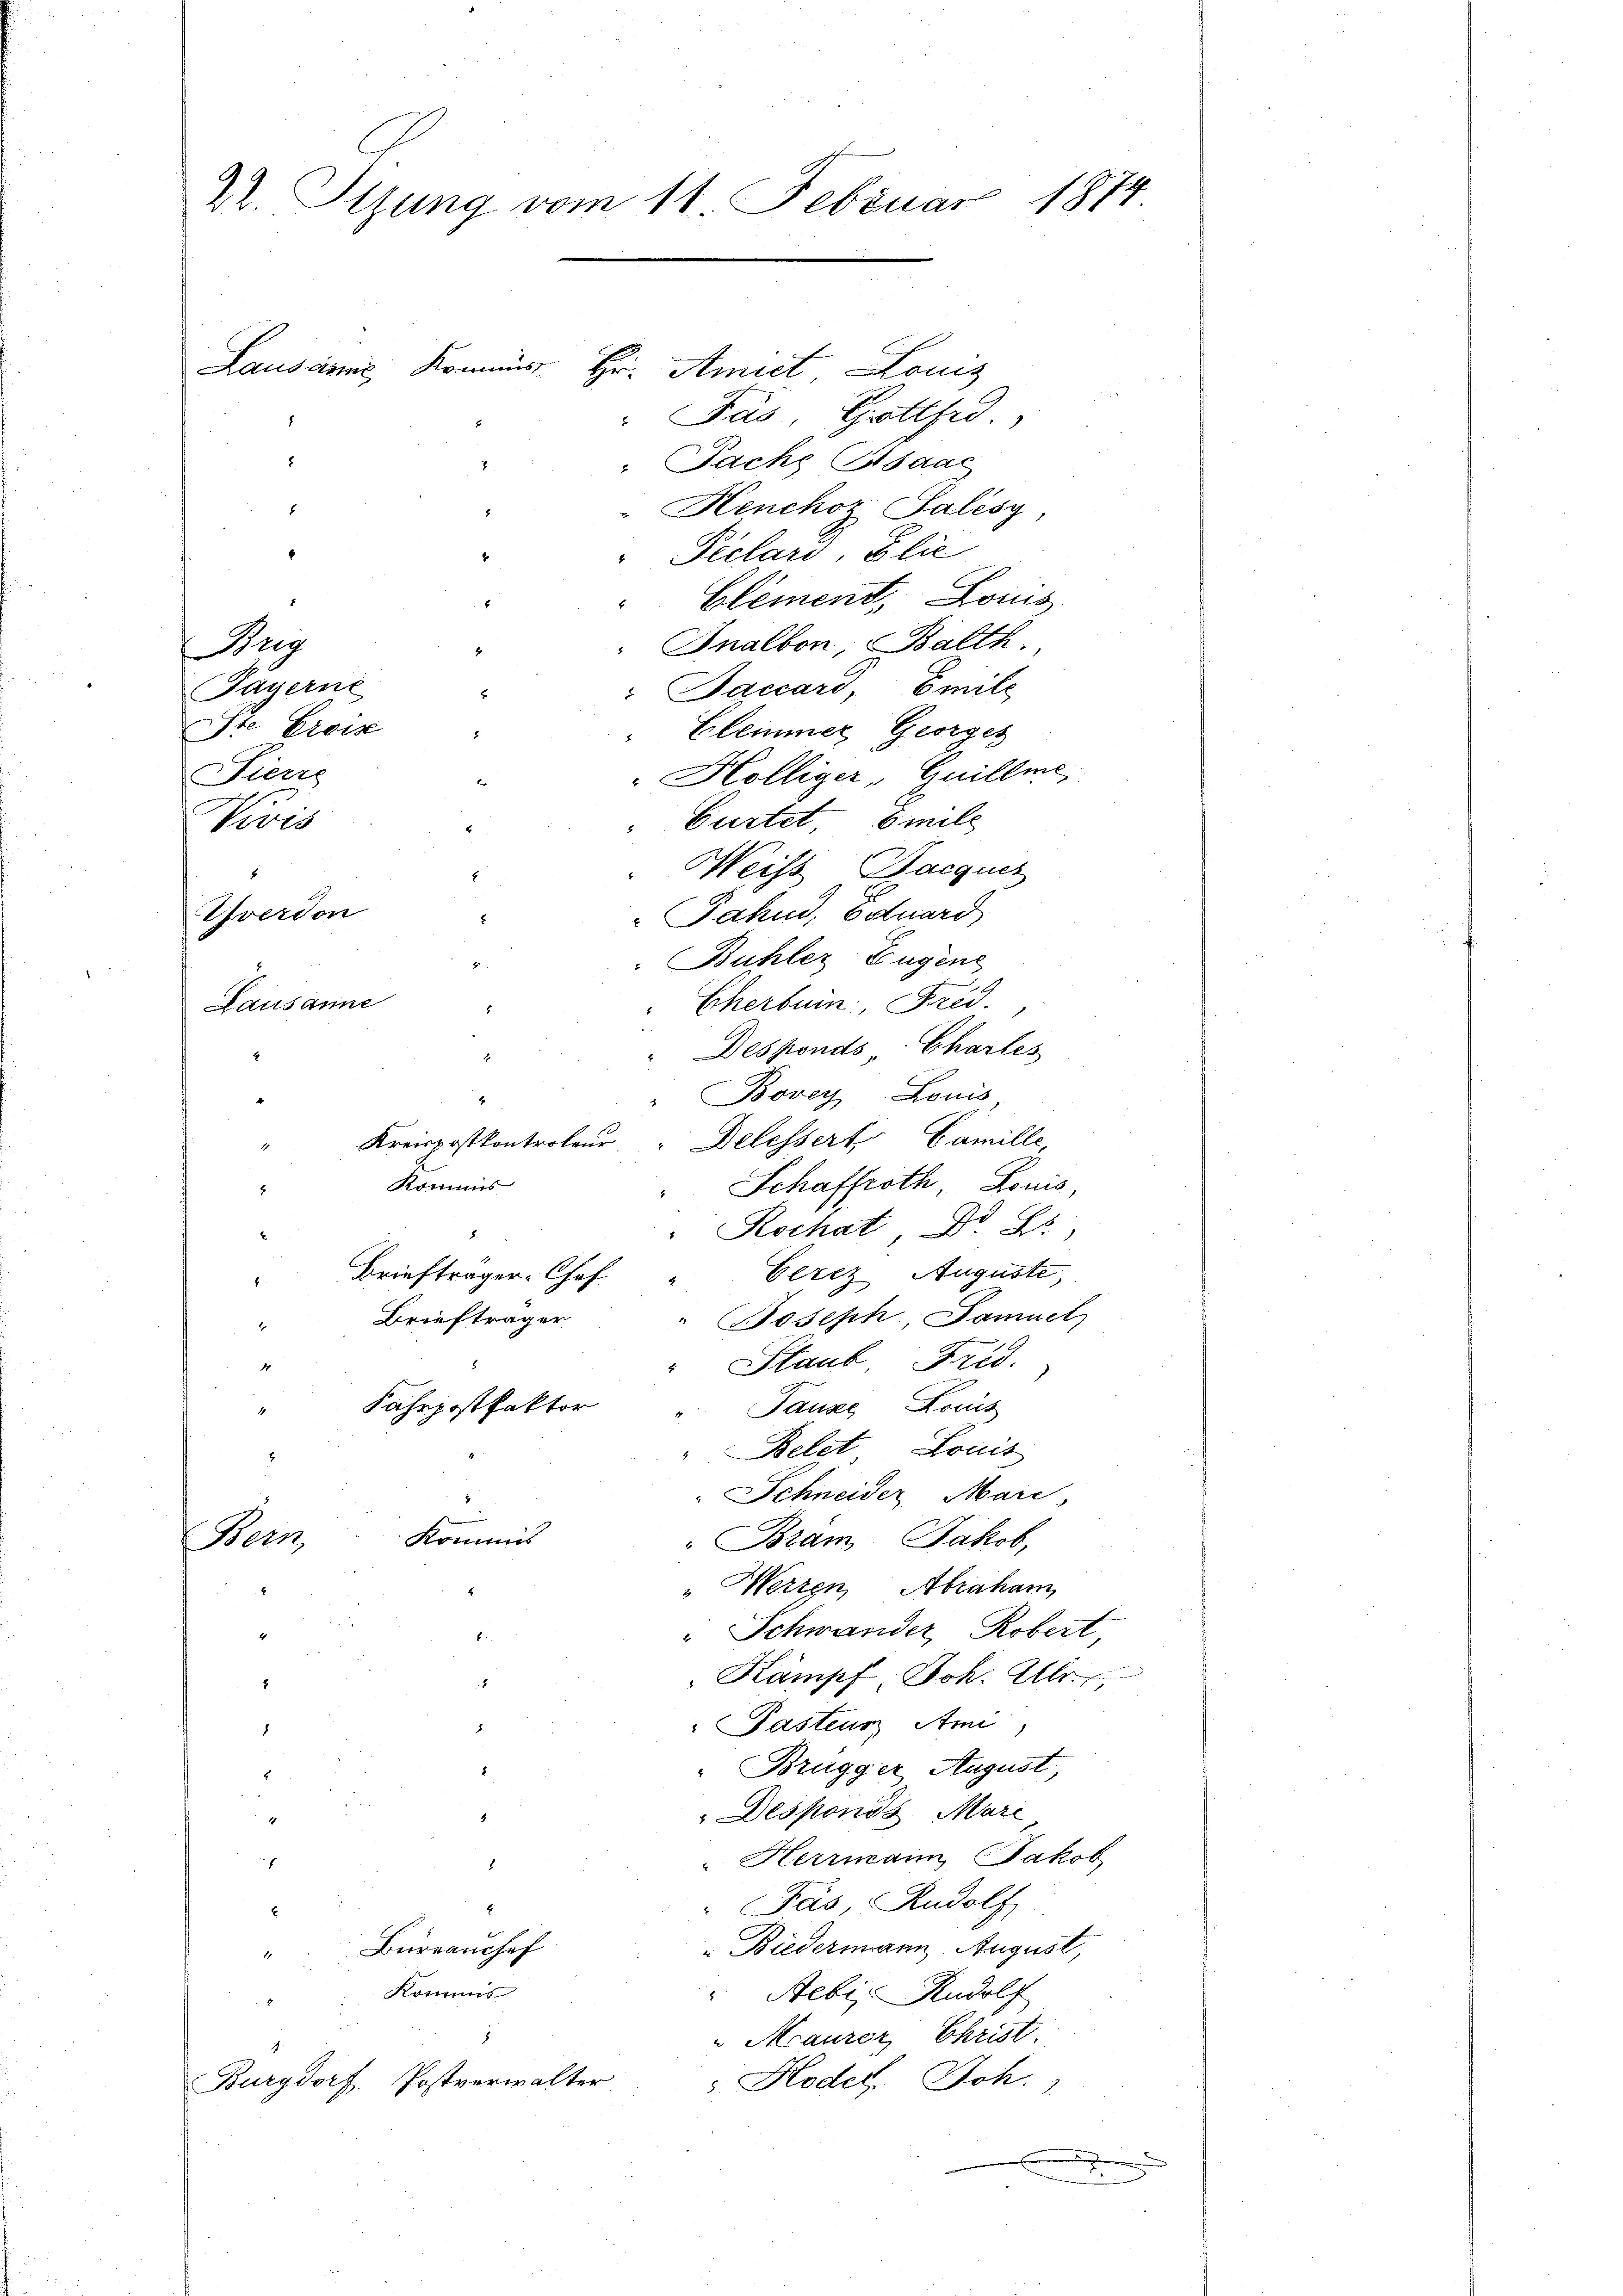
22. Tizung vom 11. Februar 1874

Lausanne, Kommis. Hr. Amict Louis

Jás Gottsid.
" Pache Isaac
 Henchoz Salisy,
6
Peclars, Glie
Clement, Lois
Inalbon, Balth
Prej
Payerne
Jaccard, Emili
Ste Erin
Blemmer Georges
Siers
Hölliger, Guillme,
Gartet Emile
Vivis
Weiss Bacques
2
Yverdon
Jahn, Eduard
Bühler Eugene
Eherbuin, Frid.
Lausanne
" Desponds Chartes
Bover Louis,
.
Kreispostkontroler " Delessert Camille,
1
" Kommis
Schaffroth Louis
Rochat Dr. Es
Cerez Auguste,
Briefträger-Chef
Briefträger
" Joseph Samuel
.
" Staub, Frid.
4
Fahrpostfaktor
Tauze Louis
Belet, Lonit
.
Schneider Mari
n
Kommis
Bern
"Bram Jakob,
: Herren Abraham
" Schwander Robert,
5
Kampf, Joh. Ulr
" Pasturz Ami
8.
d
Brugger August
2
2
Desponde Mari
"Herrmain Jakob
2
f
Päs, Rudolf
E
x
" Biedermann August,
Bierranchef
1
Kommis
Aebis Rudolf
"Maurer Christ.
5
Hodel, Joh.
Burgdorf. Postverwalter